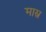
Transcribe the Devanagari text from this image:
मास्र